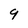
Character: 9